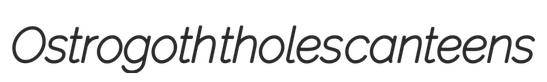
Ostrogoth tholes canteens